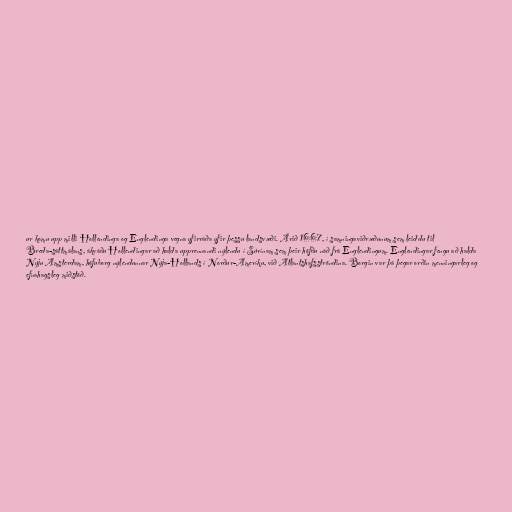
ur komu upp milli Hollendinga og Englendinga vegna yfirráða yfir þessu landsvæði. Árið 1667, í samningaviðræðunum sem leiddu til
Breda-sáttmálans, ákváðu Hollendingar að halda upprennandi nýlendu í Súrínam sem þeir höfðu náð frá Englendingum. Englendingar fengu að halda
Nýju Amsterdam, höfuborg nýlendunnar Nýja-Hollands í Norður-Ameríku, við Atlantshafsströndina. Borgin var þá þegar orðin menningarleg og
efnahagsleg miðstöð.